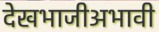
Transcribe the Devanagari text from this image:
देखभाजीअभावी